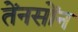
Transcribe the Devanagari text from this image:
तेंनसोंन